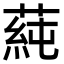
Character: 蒓